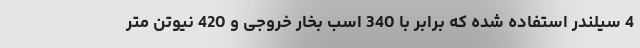
4 سیلندر استفاده شده که برابر با 340 اسب بخار خروجی و 420 نیوتن متر